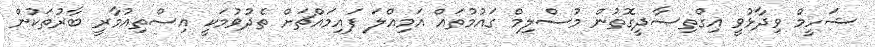
ޝަހީމް ވިދާޅުވީ އިގްތިޞާދީގޮތުން މުސްލިމް ގައުމުތައް އަމިއްލަ ފައިމައްޗަށް ތެދުވުމަކީ އިސްތިއުމާރީ ބާރުތަކުން